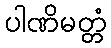
ပါဏိမတ္တံ